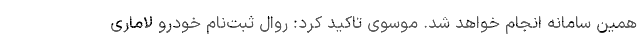
همین سامانه انجام خواهد شد. موسوی تاکید کرد: روال ثبت‌نام خودرو لاماری